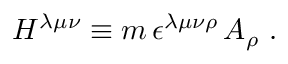
H ^ { \lambda \mu \nu } \equiv m \, \epsilon ^ { \lambda \mu \nu \rho } \, A _ { \rho } \ .